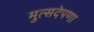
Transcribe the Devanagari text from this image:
मुत्सदेपणा